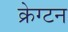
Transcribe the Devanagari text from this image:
क्रेग्टन